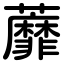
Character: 蘼